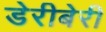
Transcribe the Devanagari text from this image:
डेरीबेरी